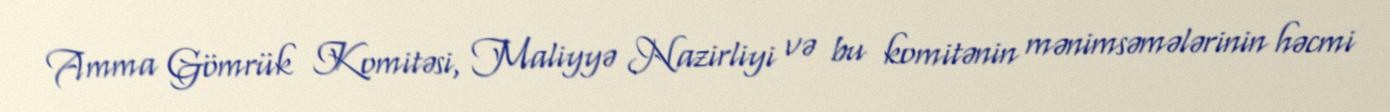
Amma Gömrük Komitəsi, Maliyyə Nazirliyi və bu komitənin mənimsəmələrinin həcmi